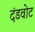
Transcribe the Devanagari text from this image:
दंडवोट